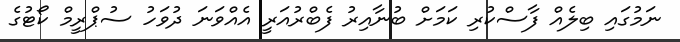
ނަމުގައި ބިލެއް ފާސްކުރި ކަމަށް ބުނާއިރު ފެބްރުއަރީ އެއްވަނަ ދުވަހު ސުޕްރީމް ކޯޓުގެ